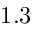
1 . 3